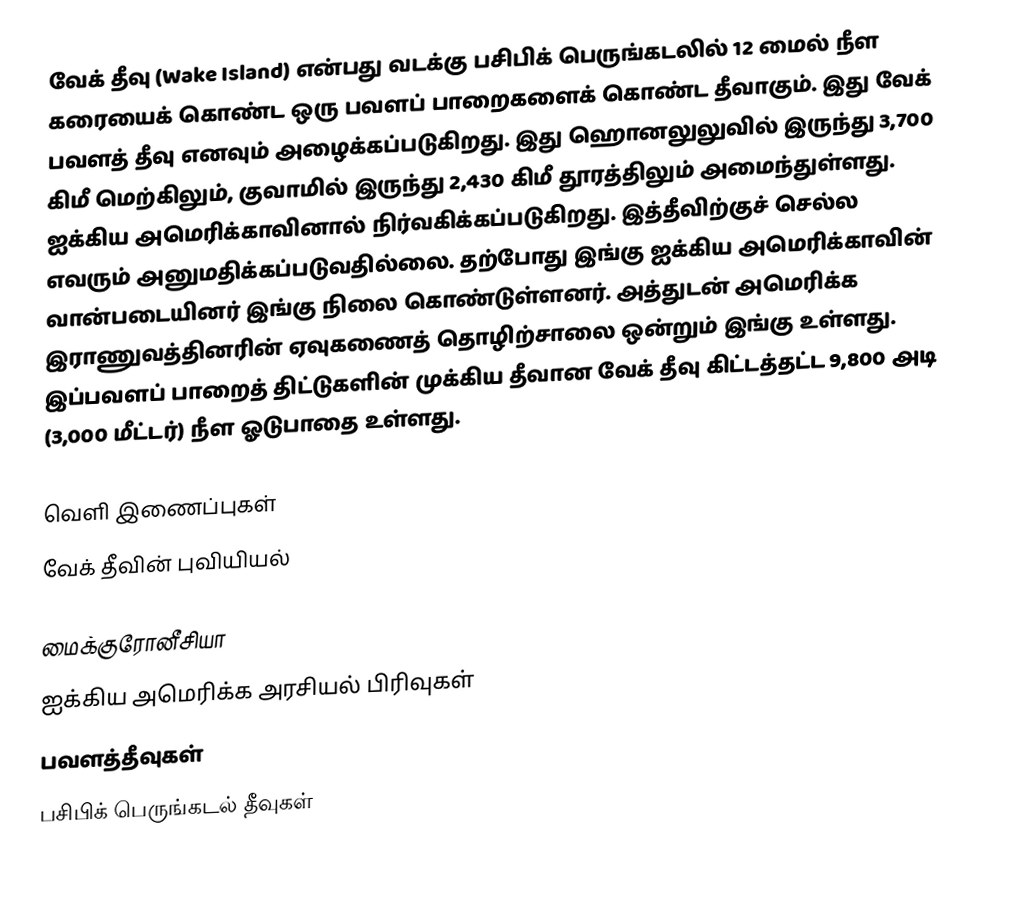
வேக் தீவு (Wake Island) என்பது வடக்கு பசிபிக் பெருங்கடலில் 12 மைல் நீள கரையைக் கொண்ட ஒரு பவளப் பாறைகளைக் கொண்ட தீவாகும். இது வேக் பவளத் தீவு எனவும் அழைக்கப்படுகிறது. இது ஹொனலுலுவில் இருந்து 3,700 கிமீ மெற்கிலும், குவாமில் இருந்து 2,430 கிமீ தூரத்திலும் அமைந்துள்ளது. ஐக்கிய அமெரிக்காவினால் நிர்வகிக்கப்படுகிறது. இத்தீவிற்குச் செல்ல எவரும் அனுமதிக்கப்படுவதில்லை. தற்போது இங்கு ஐக்கிய அமெரிக்காவின் வான்படையினர் இங்கு நிலை கொண்டுள்ளனர். அத்துடன் அமெரிக்க இராணுவத்தினரின் ஏவுகணைத் தொழிற்சாலை ஒன்றும் இங்கு உள்ளது. இப்பவளப் பாறைத் திட்டுகளின் முக்கிய தீவான வேக் தீவு கிட்டத்தட்ட 9,800 அடி (3,000 மீட்டர்) நீள ஓடுபாதை உள்ளது.

வெளி இணைப்புகள்
 வேக் தீவின் புவியியல்

மைக்குரோனீசியா
ஐக்கிய அமெரிக்க அரசியல் பிரிவுகள்
பவளத்தீவுகள்
பசிபிக் பெருங்கடல் தீவுகள்